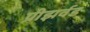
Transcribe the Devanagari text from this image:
प्रीझर्वड